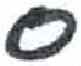
אות: ס